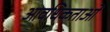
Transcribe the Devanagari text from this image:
आवधिकताओं